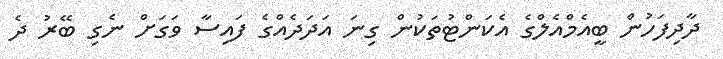
ދާދިފަހުން ބީއެމްއެލްގެ އެކަންޓުތަކުން ގިނަ އަދަދެއްގެ ފައިސާ ވަގަށް ނެގި ބޭރު ދެ